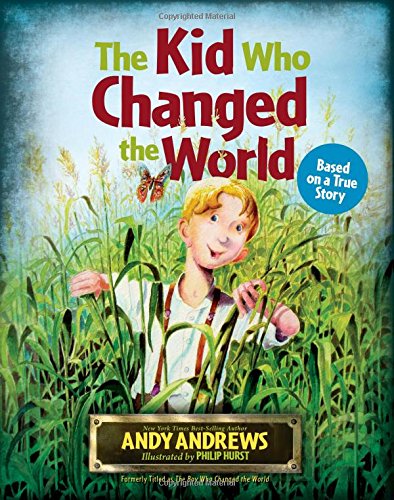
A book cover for The Kid Who Changed the  World; Andy Andrews; Children's Books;